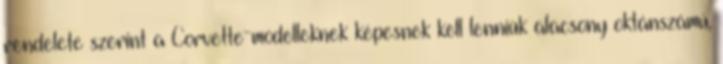
rendelete szerint a Corvette-modelleknek képesnek kell lenniük alacsony oktánszámú,